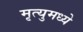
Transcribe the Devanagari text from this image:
मृत्युमध्ये